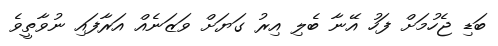
ބަޑި ޖެހުމަށް ފަހު އޭނާ ބެލި އިރު ގަޔަށް ވަޒަނެއް އަރާފައި ނުވާތީވެ